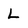
Character: L